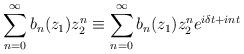
LaTeX: \begin{align*}\sum_{n=0}^\infty b_{n}( z_1) z_2^n\equiv \sum_{n=0}^\infty b_{n}(z_1) z_2^n e^{i\delta t+int}\end{align*}